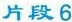
片段6